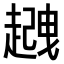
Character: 𧽈